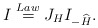
\begin{align*}I\stackrel{Law}{=}J_{H} I_{-\widehat{H}}.\end{align*}